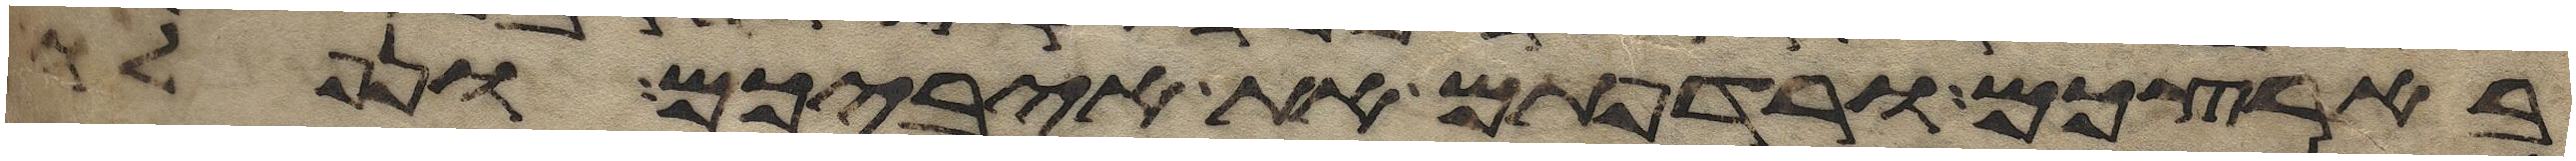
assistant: בארצכם ורדפתם את איביכם ונפלו